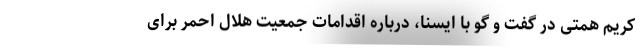
کریم همتی در گفت و گو با ایسنا، درباره اقدامات جمعیت هلال احمر برای